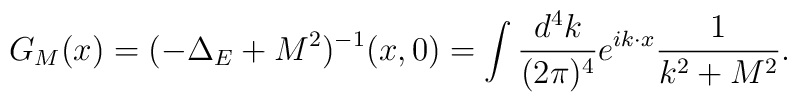
G_M(x) = (-\Delta_E+M^2)^{-1}(x,0)= \int {d^4k \over (2\pi)^4} e^{ik \cdot x} {1 \over k^2+M^2} .